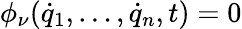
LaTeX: \phi_{\nu}({\dot{q}}_{1},\dots,{\dot{q}}_{n},t)=0